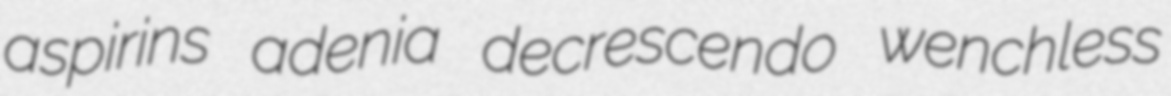
aspirins adenia decrescendo wenchless